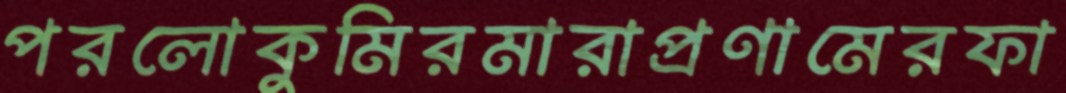
পরলোকুমিরমারাপ্রণামেরফা